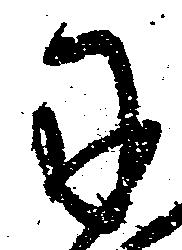
に